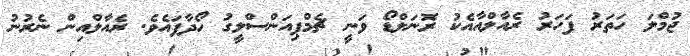
ޖުމްލަ ހަތަރު ފަހަރު ރެއާލްއާއެކު ރޮނަލްޑޯ ވަނީ ޗެމްޕިއަންސްލީގު ހޯދާފައެވެ. ރެއާލްއިން ނެރުނު